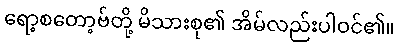
ရော့စတော့ဗ်တို့ မိသားစု၏ အိမ်လည်းပါဝင်၏။